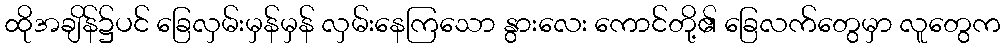
ထိုအချိန်၌ပင် ခြေလှမ်းမှန်မှန် လှမ်းနေကြသော နွားလေး ကောင်တို့၏ ခြေလက်တွေမှာ လူတွေက